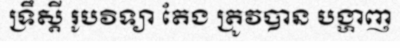
ទ្រឹស្តី រូបវិទ្យា តែង ត្រូវបាន បង្ហាញ